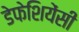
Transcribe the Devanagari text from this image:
डेफेशियेंसी